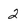
Character: 2